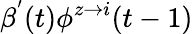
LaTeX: \beta^{'}(t)\phi^{z\rightarrow i}(t-1)